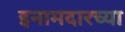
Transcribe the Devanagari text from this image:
इनामदारच्या